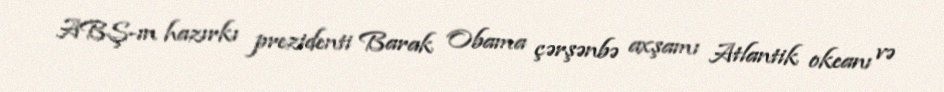
ABŞ-ın hazırkı prezidenti Barak Obama çərşənbə axşamı Atlantik okeanı və